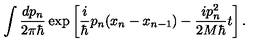
\int \frac { d p _ { n } } { 2 \pi \hbar } \exp \left[ \frac { i } { \hbar } p _ { n } ( x _ { n } - x _ { n - 1 } ) - \frac { i p _ { n } ^ { 2 } } { 2 M \hbar } t \right] . \nonumber